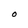
Character: O